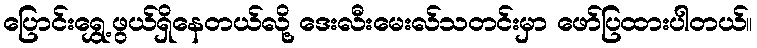
ပြောင်းရွှေ့ဖွယ်ရှိနေတယ်လို့ ဒေးလီးမေးလ်သတင်းမှာ ဖော်ပြထားပါတယ်။